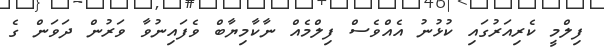
ފިލްމީ ކެރިއަަރުގައި ކުޅުނު އެއްވެސް ފިލްމެއް ނާކާމިޔާބް ވެފައިނުވާ ވަރުން ދަވަން ގެ